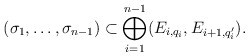
\begin{align*}(\sigma_1, \dots , \sigma_{n-1}) \subset \bigoplus_{i =1}^{n-1} (E_{i, q_i}, E_{i+1, q_i'}).\end{align*}